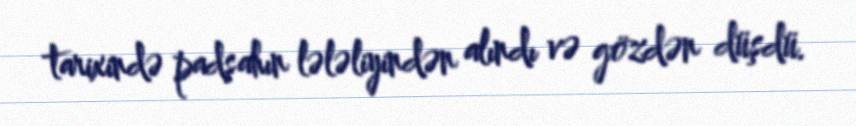
tarixində padşahın lələliyindən alındı və gözdən düşdü.